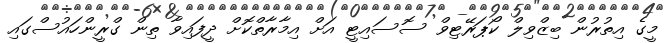
މީގެ އިތުރުން ބިޒްވިލް ކޯޕަރޭޓިވް ސޮސައިޓީ އަށް އިމާރާތްކޮށް ދީފައިވާ ތިން ގްރީންހައުސްގައި